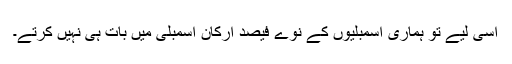
اسی لیے تو ہماری اسمبلیوں کے نوے فیصد ارکان اسمبلی میں بات ہی نہیں کرتے۔